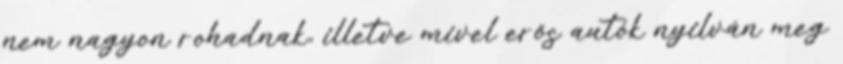
nem nagyon rohadnak, illetve mivel erős autók nyilván meg